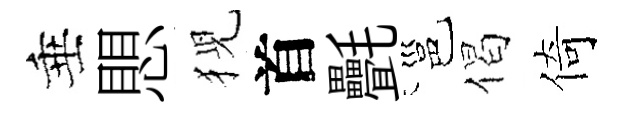
垂愳猊首㲲邕偈倚